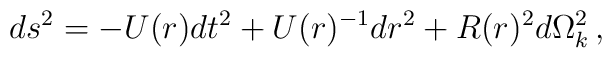
ds^2 = -U(r) dt^2 + U(r)^{-1} dr^2 + R(r)^2 d\Omega_k ^2 \, ,